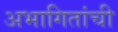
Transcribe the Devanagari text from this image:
अभागितांची